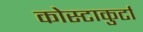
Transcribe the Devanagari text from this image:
कोस्टाकुर्टा